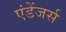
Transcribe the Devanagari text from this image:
एंडेंजर्स